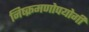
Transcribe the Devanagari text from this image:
निष्क्रमणोपयोगी